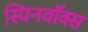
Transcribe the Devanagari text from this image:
स्पिनवॉक्स